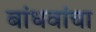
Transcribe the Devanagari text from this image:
बांधवांचा